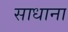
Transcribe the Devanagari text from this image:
साधाना